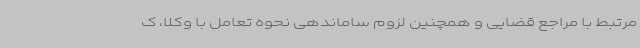
مرتبط با مراجع قضایی و همچنین لزوم ساماندهی نحوه تعامل با وکلا، ک